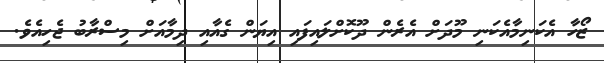
ޒޯހާ އެކަނިމާއެކަނި މޫދަށް އެރެން ދޫކޮށްލައިފައި އިޔަން ގެއާއި ދިމާއަށް މިސްރާބު ޖެހިއެވެ.